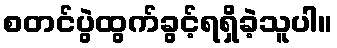
စတင်ပွဲထွက်ခွင့်ရရှိခဲ့သူပါ။